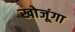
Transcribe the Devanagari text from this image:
खोजूंगा